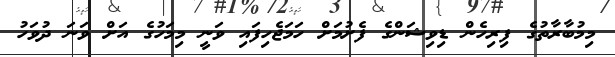
މިމުބާރާތުގެ ފިރިހެން ޑިވިޝަންގެ ފެށުމަށް ހަމަޖެހިފައި ވަނީ މިމަހުގެ އަށް ވަނަ ދުވަހު